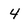
Character: 4